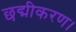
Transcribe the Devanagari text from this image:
छद्मीकरण।